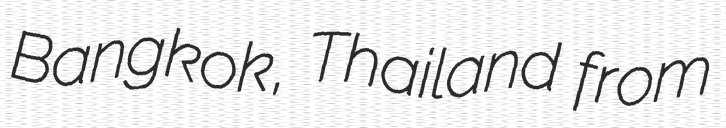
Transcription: Bangkok, Thailand from